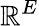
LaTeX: \mathbb{R}^{E}